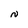
Character: N